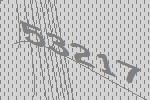
53217